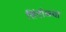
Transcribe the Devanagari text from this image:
सिंदोळ्या